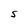
Character: S